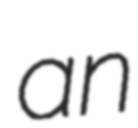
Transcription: an